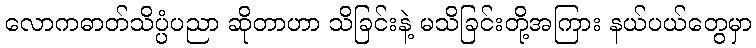
လောကဓာတ်သိပ္ပံပညာ ဆိုတာဟာ သိခြင်းနဲ့ မသိခြင်းတို့အကြား နယ်ပယ်တွေမှာ